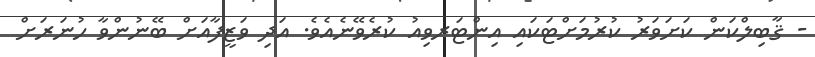
- ޤާބިލްކަން ކަށަވަރު ކުރުމަށްޓަކައި އިންޓަރވިއު ކުރެވޭނެއެވެ. އަދި ވަޒީފާއަށް ބޭނުންވާ ހުނަރަށް